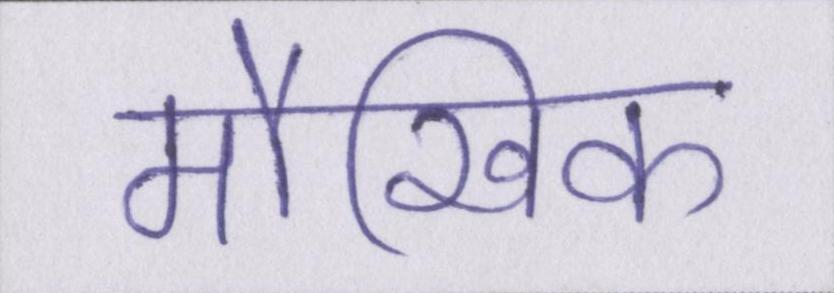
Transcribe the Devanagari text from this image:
मौखिक